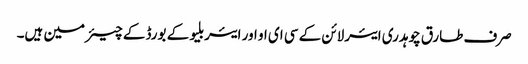
صرف طارق چوہدری ایئرلائن کے سی ای او اور ایئربلیو کے بورڈ کے چیئرمین ہیں۔